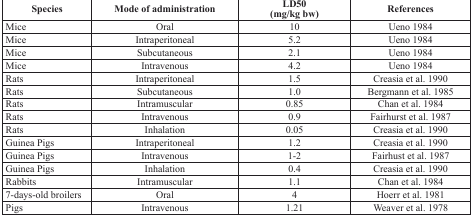
| Species | Mode of administration | LD50 (mg/kg bw) | References |
 | --- | --- | --- | --- |
 | Mice | Oral | 10 | Ueno 1984 |
 | Mice | Intraperitoneal | 5.2 | Ueno 1984 |
 | Mice | Subcutaneous | 2.1 | Ueno 1984 |
 | Mice | Intravenous | 4.2 | Ueno 1984 |
 | Rats | Intraperitoneal | 1.5 | Creasia et al. 1990 |
 | Rats | Subcutaneous | 1.0 | Bergmann et al. 1985 |
 | Rats | Intramuscular | 0.85 | Chan et al. 1984 |
 | Rats | Intravenous | 0.9 | Fairhurst et al. 1987 |
 | Rats | Inhalation | 0.05 | Creasia et al. 1990 |
 | Guinea Pigs | Intraperitoneal | 1.2 | Creasia et al. 1990 |
 | Guinea Pigs | Intravenous | 1-2 | Fairhust et al. 1987 |
 | Guinea Pigs | Inhalation | 0.4 | Creasia et al. 1990 |
 | Rabbits | Intramuscular | 1.1 | Chan et al. 1984 |
 | 7-days-old broilers | Oral | 4 | Hoerr et al. 1981 |
 | Pigs | Intravenous | 1.21 | Weaver et al. 1978 |